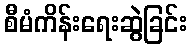
စီမံကိန်းရေးဆွဲခြင်း